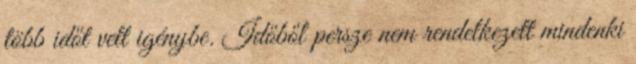
több időt vett igénybe. Időből persze nem rendelkezett mindenki